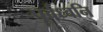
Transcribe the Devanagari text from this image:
पूर्वध्वनि